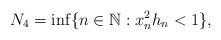
LaTeX: \begin{align*}N_4=\inf\{n\in \mathbb N: x_n^2h_n<1 \}, \end{align*}